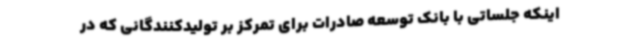
اینکه جلساتی با بانک توسعه صادرات برای تمرکز بر تولیدکنندگانی که در